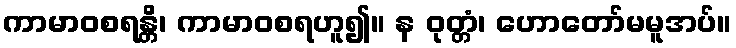
ကာမာဝစရန္တိ၊ ကာမာဝစရဟူ၍။ န ဝုတ္တံ၊ ဟောတော်မမူအပ်။